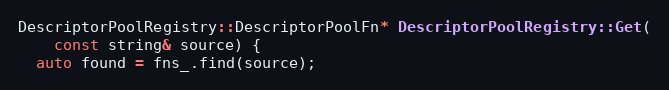
Language: C++
DescriptorPoolRegistry::DescriptorPoolFn* DescriptorPoolRegistry::Get(
    const string& source) {
  auto found = fns_.find(source);